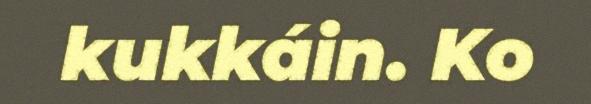
kukkáin. Ko